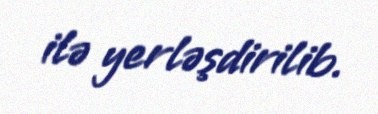
ilə yerləşdirilib.